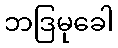
ဘဒြမုခေါ